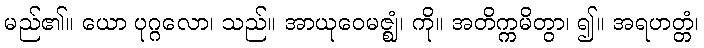
မည်၏။ ယော ပုဂ္ဂလော၊ သည်။ အာယုဝေမဇ္ဈံ၊ ကို။ အတိက္ကမိတွာ၊ ၍။ အရဟတ္တံ၊